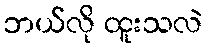
ဘယ်လို ထူးသလဲ